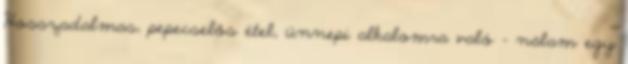
Hosszadalmas, pepecselős étel, ünnepi alkalomra való - nálam egy